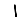
Digit: 1